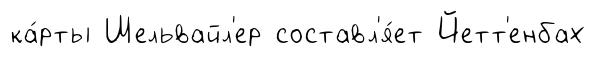
ка́рты Шельвайл'ер составл'я́ет Йетт'енбах